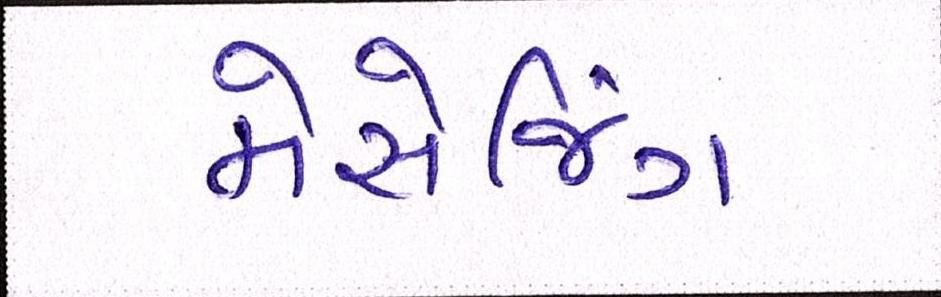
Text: મેસેજિંગ